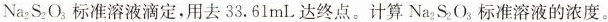
Na_{2}S_{2}O_{3}标准溶液滴定，用去33.61mL达终点。计算Na_{2}S_{2}O_{3}标准溶液的浓度。